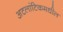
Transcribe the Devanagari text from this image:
अटलांटिकमधील